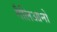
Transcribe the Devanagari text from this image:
गैलिआनो